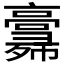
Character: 𢑸